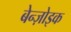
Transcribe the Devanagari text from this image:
बेन्ज़ोइक